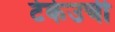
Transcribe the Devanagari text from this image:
टेकेउची